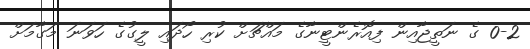
0-2 ގެ ނަތީޖާއިން ފިއޮރެންޓީނާގެ މައްޗަށް ކުރި ހޯދައި ލީގުގެ ހަވަނަ މަގާމަށް